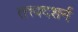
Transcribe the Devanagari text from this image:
तत्त्वदशर्न